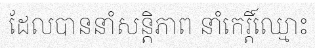
ដែលបាននាំសន្តិភាព នាំកេរ្តិ៍ឈ្មោះ